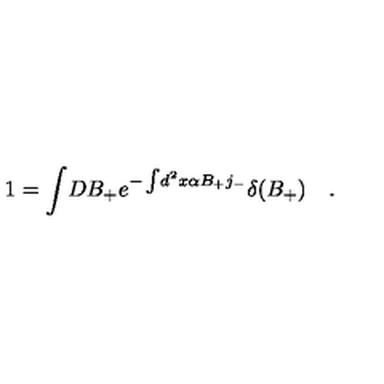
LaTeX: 1 = \int \! D B _ { + } e ^ { - \int \! d ^ { 2 } x \alpha B _ { + } j _ { - } } \delta ( B _ { + } ) \quad .